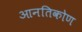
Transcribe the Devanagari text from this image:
आनतिकोण